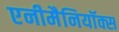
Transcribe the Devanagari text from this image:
एनीमैनियॉक्स